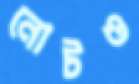
নোটও